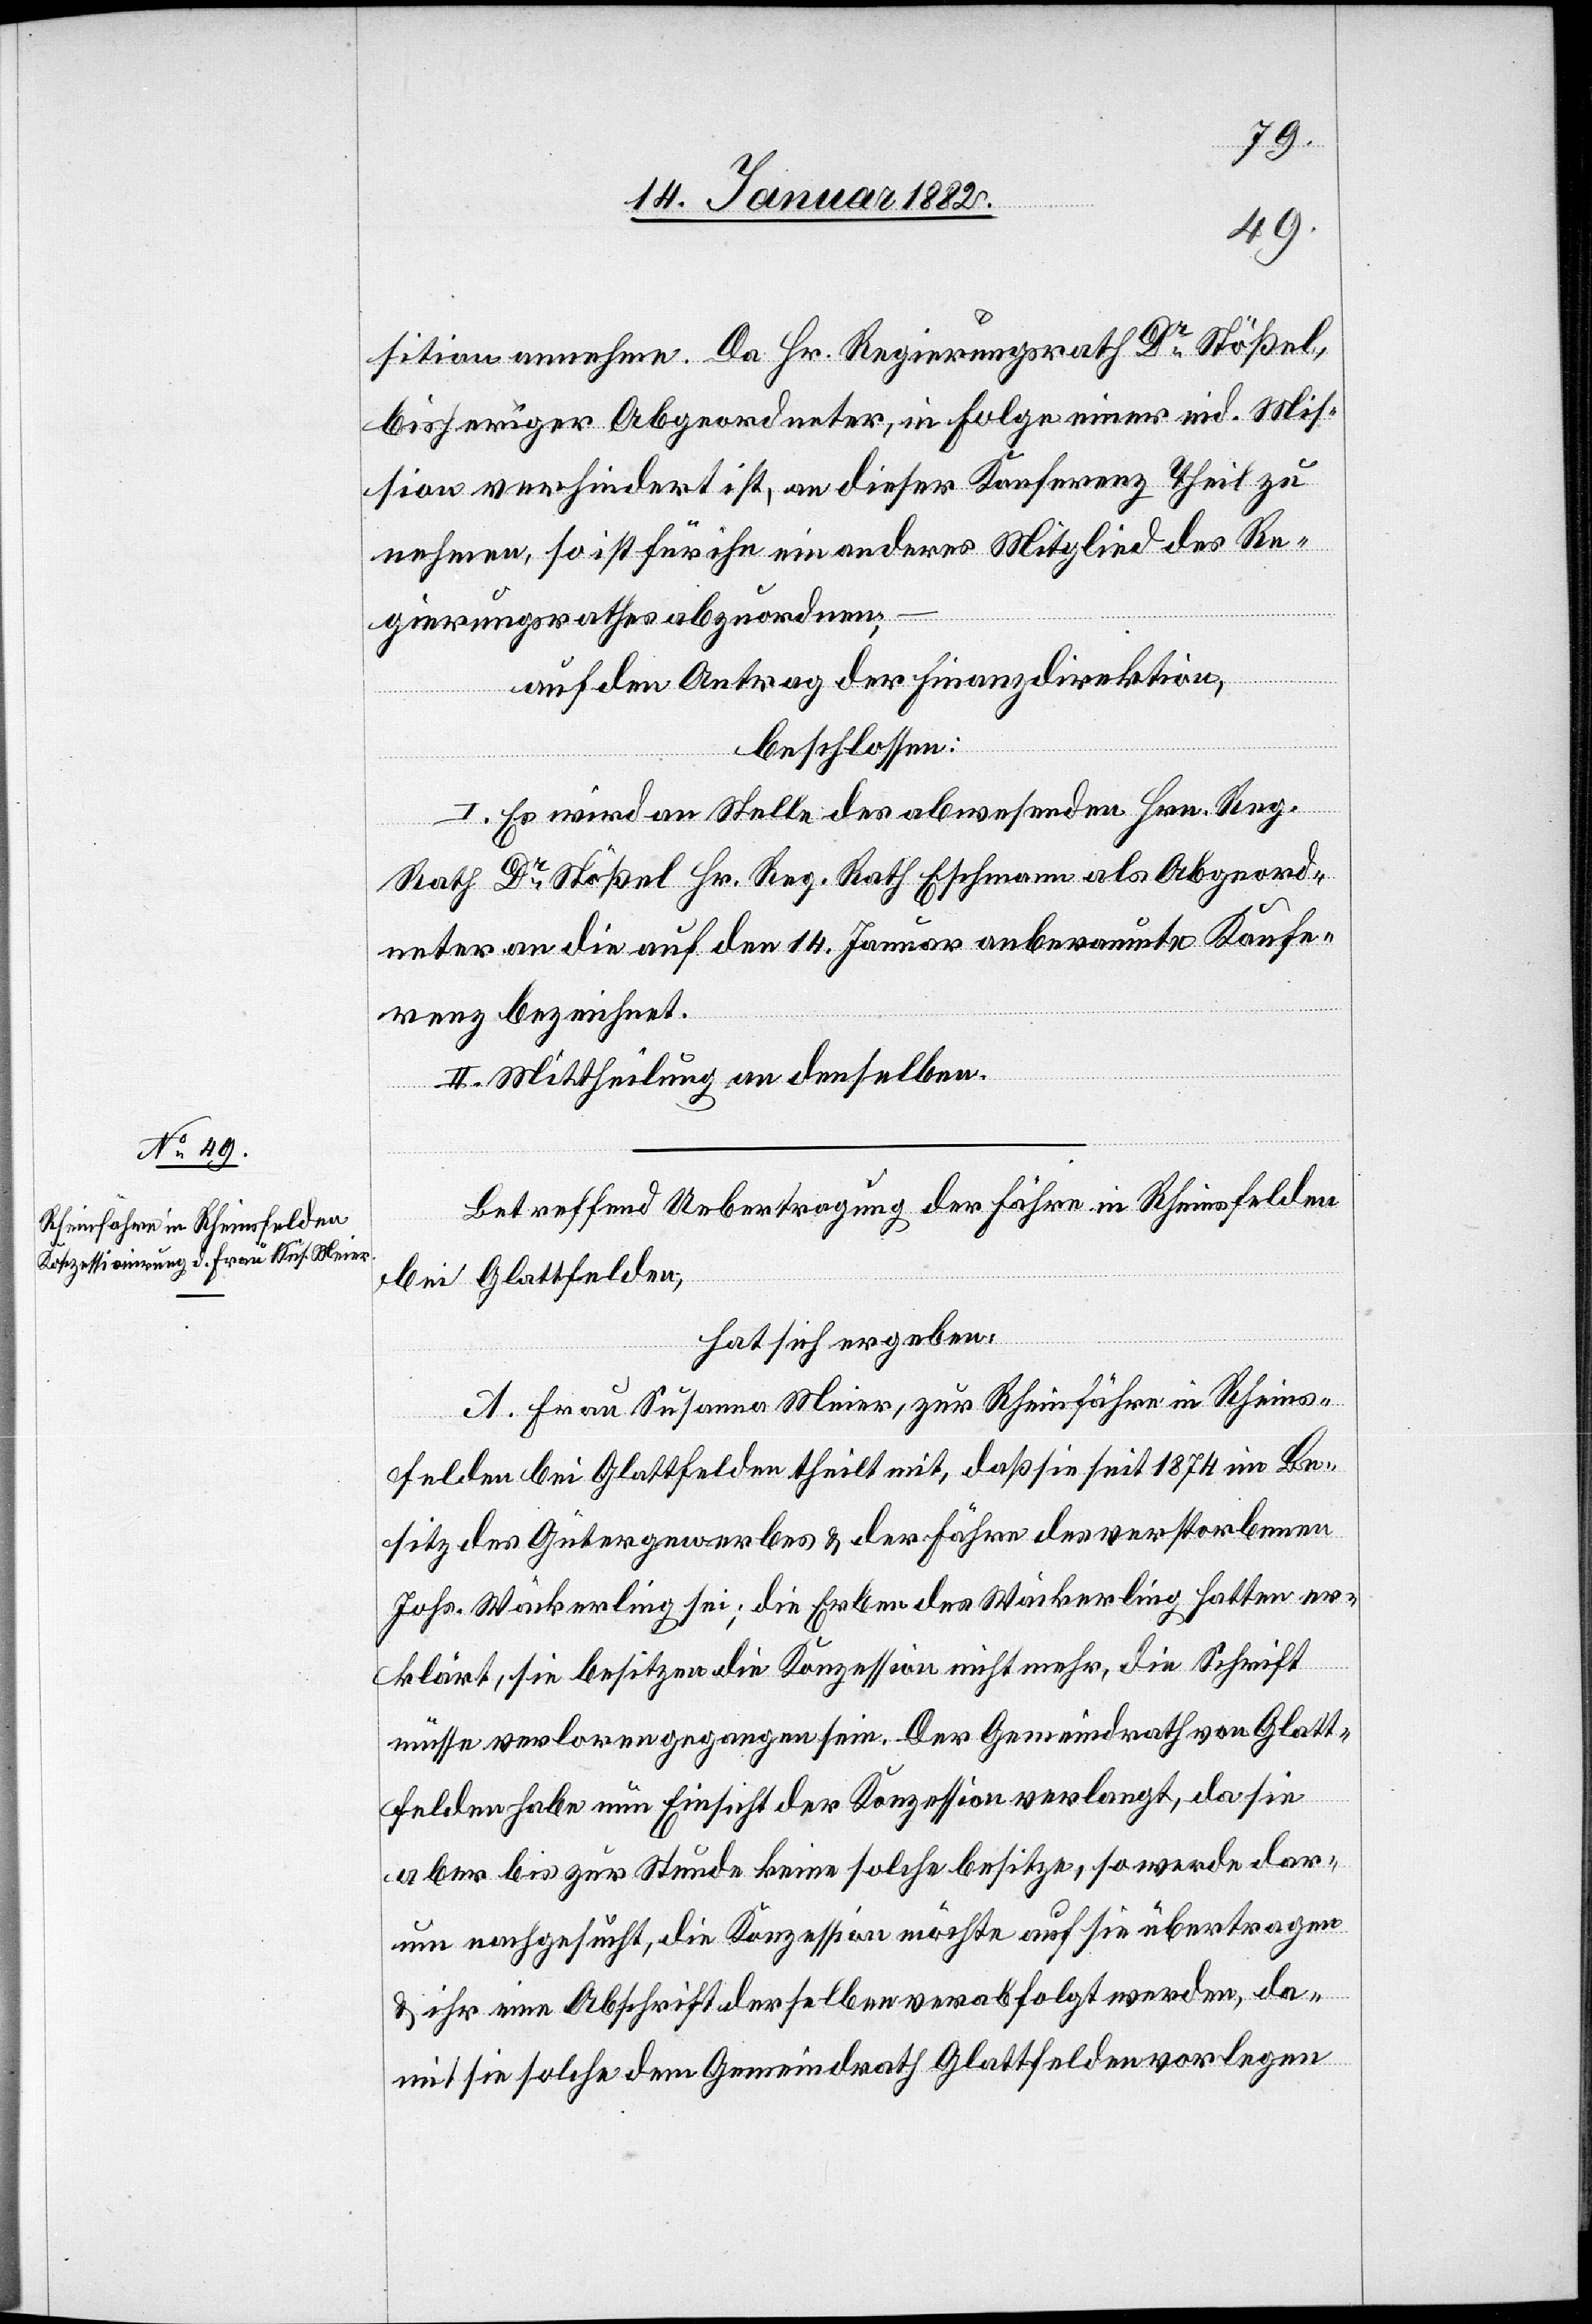
sition annehme. Da Hr. Regierungsrath Dr Stößel,
bisheriger Abgeordneter, in Folge einer eid. Mis¬
sion verhindert ist, an dieser Konferenz Theil zu
nehmen, so ist für ihn ein anderes Mitglied des Re¬
gierungsrathes abzuordnen,
auf den Antrag der Finanzdirektion,
beschlossen:
I. Es wird an Stelle des abwesenden Hrn. Reg.
Rath Dr Stößel Hr. Reg. Rath Eschmann als Abgeord¬
neter an die den 14. Januar anberaumte Konfe¬
renz bezeichnet.
II. Mittheilung an denselben.
Betreffend Uebertragung der Fähre Rheinfelden
bei Glattfelden;
hat sich ergeben:
A. Frau Susanna Meier, zur Rheinfähre in Rheins¬
felden bei Glattfelden theilt mit, daß sie seit 1874 im Be¬
sitz des Gütergewerbes & der Fähre des verstorbenen
Johs. Wäckerling sei; die Erben des Wäckerling hatten er¬
klärt, sie besitzen die Konzession nicht mehr, die Schrift
müsse verloren gegangen sein. Der Gemeindrath von Glatt¬
felden habe neue Einsicht der Konzession verlangt, da sie
aber bis zur Stunde keine solche besitze, so werde dar¬
um nachgesucht, die Konzession möchte auf sie übertragen
& ihr eine Abschrift derselben verabfolgt werden, da¬
mit sie solche dem Gemeindrath Glattfelden vorlegen